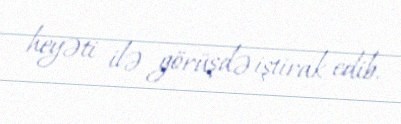
heyəti ilə görüşdə iştirak edib.